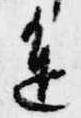
進